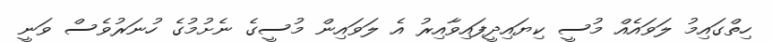
ހިތްގައިމު ލަވައެއް މުސީ ކިޔައިދީފައިވާއިރު އެ ލަވައިން މުސީގެ ނެށުމުގެ ހުނަރުވެސް ވަނީ